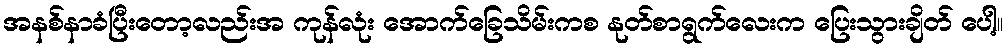
အနစ်နာခံပြီးတော့လည်းအ ကုန်လုံး အောက်ခြေသိမ်းကစ နုတ်စာရွက်လေးက ပြေးသွားချိတ် ပေါ့။